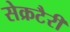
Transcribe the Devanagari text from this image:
सेक्रटैरी